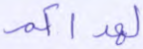
لهداكم